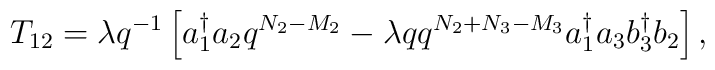
T_{12}=\lambda q^{-1} \left[a_{1}^{\dag}a_{2}          q^{N_{2}-M_{2}}-\lambda qq^{N_{2}+N_{3}-M_{3}}          a_{1}^{\dag}a_{3}b_{3}^{\dag}b_{2}\right] ,